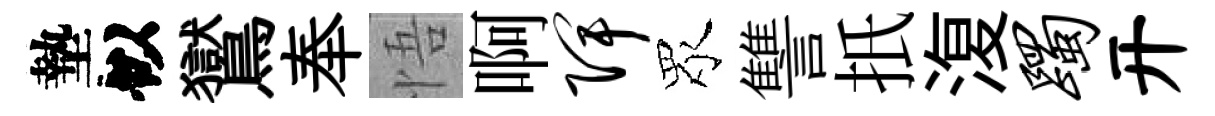
墊似鸑奉悟啊陴眾讐扺𣸪躅开